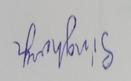
Signature authenticity: forged